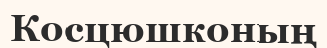
Косцюшконың